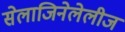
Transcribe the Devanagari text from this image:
सेलाजिनेलेलीज